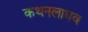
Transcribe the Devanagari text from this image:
कथनलाघव